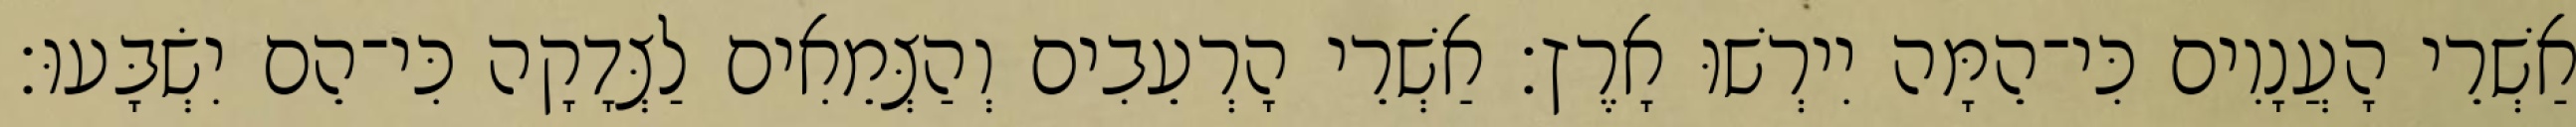
אַשְׁרֵי הָעֲנָוִים כִּי־הֵמָּה יִירְשׁוּ אָרֶץ׃ אַשְׁרֵי הָרְעֵבִים וְהַצְּמֵאִים לַצְּדָקָה כִּי־הֵם יִשְׂבָּעוּ׃